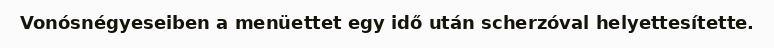
Vonósnégyeseiben a menüettet egy idő után scherzóval helyettesítette.